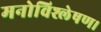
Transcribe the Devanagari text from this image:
मनोविश्लेषण।